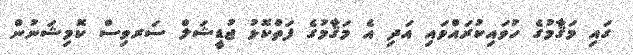
ގައި މަޤާމުގެ ހުވައިކުރައްވައި އަދި އެ މަޤާމުގެ ފަތްކޮޅު ޖުޑީޝަލް ސަރވިސް ކޮމިޝަނުން